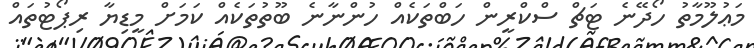
މަޢުލޫމާތު ހޯދޭނެ ޓަޗް ސްކްރީން ހަބްތަކެއް ހުންނާނެ ބޫތުތަކެއް ކަމަށް މީޑިޔާ ރިޕޯޓުތައް